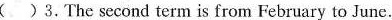
( )3.The second term is from February to June.